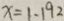
x = 1 - 1 9 2